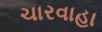
ચારવાહા